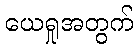
ယေရှုအတွက်